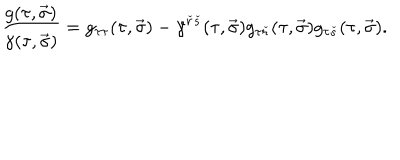
{ \frac { g ( \tau , \vec { \sigma } ) } { \gamma ( \tau , \vec { \sigma } ) } } = g _ { \tau \tau } ( \tau , \vec { \sigma } ) - \gamma ^ { { \check { r } } { \check { s } } } ( \tau , \vec { \sigma } ) g _ { \tau { \check { r } } } ( \tau , \vec { \sigma } ) g _ { \tau { \check { s } } } ( \tau , \vec { \sigma } ) .